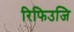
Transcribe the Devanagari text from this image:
रिफिउजि